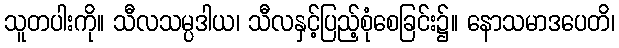
သူတပါးကို။ သီလသမ္ပဒါယ၊ သီလနှင့်ပြည့်စုံစေခြင်း၌။ နောသမာဒပေတိ၊